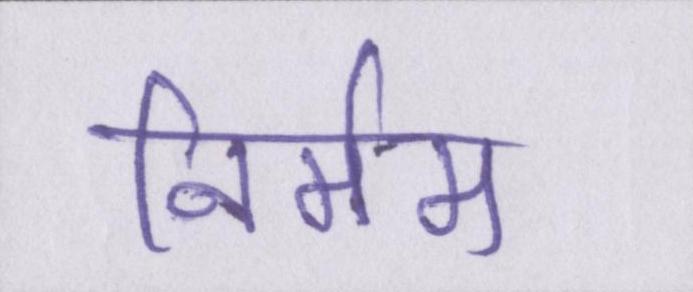
निर्मम